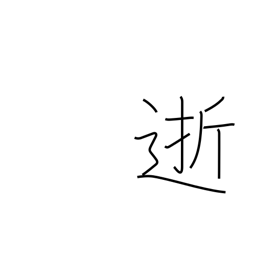
Meaning: departed